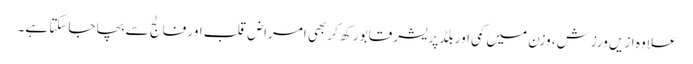
علاوہ ازیں ورزش، وزن میں کمی اور بلڈ پریشر قابو رکھ کر بھی امراض قلب اور فالج سے بچا جاسکتا ہے۔